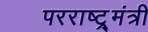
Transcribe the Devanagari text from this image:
परराष्ट्र्मंत्री